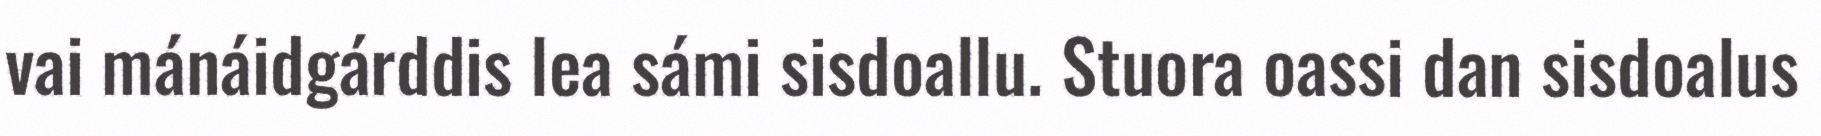
vai mánáidgárddis lea sámi sisdoallu. Stuora oassi dan sisdoalus